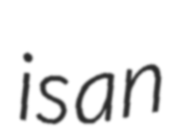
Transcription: is an